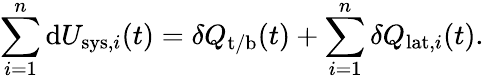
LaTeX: \sum_{i=1}^{n}\mathrm{d}U_{\mathrm{sys},i}(t)=\delta Q_{\mathrm{t/b}}(t)+\sum_{i=1}^{n}\delta Q_{\mathrm{lat},i}(t).